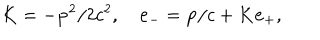
LaTeX: K = - { \bf p } ^ { 2 } / 2 c ^ { 2 } , \quad { \bf e } _ { - } = { \bf p } / c + K { \bf e } _ { + } ,